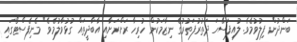
ބަންދުން ފިލުވުމެވެ. ލުއިފަސޭހަ ދަތުރުފަތުރުގެ ނިޒާމަކުން ހުރިހާ ރަށްރަށާއި އާބާދީތައް ގުޅުވާލުމެވެ" މެނިފެސްޓޯގައި